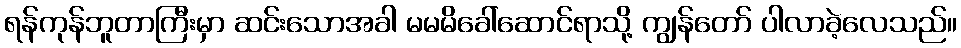
ရန်ကုန်ဘူတာကြီးမှာ ဆင်းသောအခါ မမမိခေါ်ဆောင်ရာသို့ ကျွန်တော် ပါလာခဲ့လေသည်။